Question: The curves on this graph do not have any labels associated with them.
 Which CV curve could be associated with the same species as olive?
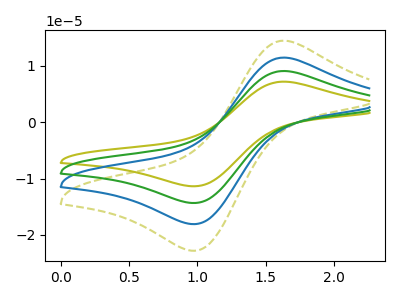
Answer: <think>The olive curve "olive" has an anodic peak at (1.65V, 34.45uA) and a cathodic peak at (0.95V, -54.25uA). The olive dashed curve "olive dashed" has an anodic peak at (1.65V, 14.50uA) and a cathodic peak at (0.95V, -22.80uA). The blue curve "blue" has an anodic peak at (1.65V, 11.50uA) and a cathodic peak at (0.95V, -18.10uA). The green curve "green" has an anodic peak at (1.65V, 23.00uA) and a cathodic peak at (0.95V, -36.15uA).
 All the peaks in "olive" have a peak in "olive dashed" at the same potential. Every peak in "olive" is higher than every peak in "olive dashed". All the peaks in "olive" have a peak in "blue" at the same potential. Every peak in "olive" is higher than every peak in "blue". All the peaks in "olive" have a peak in "green" at the same potential. Every peak in "olive" is higher than every peak in "green". All the peaks in "olive dashed" have a peak in "blue" at the same potential. Every peak in "olive dashed" is higher than every peak in "blue". All the peaks in "olive dashed" have a peak in "green" at the same potential. Every peak in "olive dashed" is lower than every peak in "green". All the peaks in "blue" have a peak in "green" at the same potential. Every peak in "blue" is lower than every peak in "green".</think>
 <answer>"olive", "blue" and "green" have a similar shape to "olive dashed".</answer>
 <eval>"olive" "blue" "green"</eval>